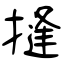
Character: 摓